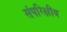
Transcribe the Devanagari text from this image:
संपरिक्षीय